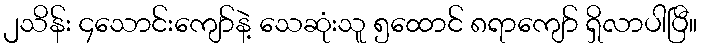
၂သိန်း ၄သောင်းကျော်နဲ့ သေဆုံးသူ ၅ထောင် ၈ရာကျော် ရှိလာပါပြီ။